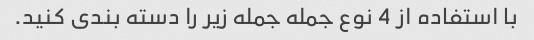
با استفاده از 4 نوع جمله جمله زیر را دسته بندی کنید.